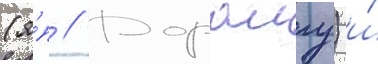
(я́п // Дораигу) и́